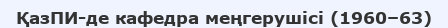
ҚазПИ-де кафедра меңгерушісі (1960–63)